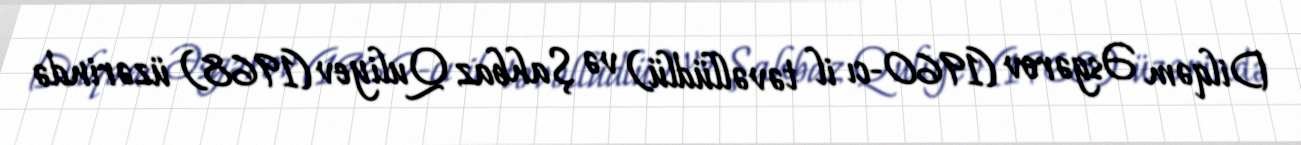
Dilqəm Əsgərov (1960-cı il təvəllüdlü) və Şahbaz Quliyev (1968) üzərində